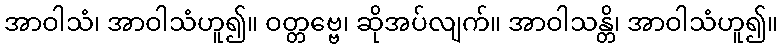
အာဝါသံ၊ အာဝါသံဟူ၍။ ဝတ္တဗ္ဗေ၊ ဆိုအပ်လျက်။ အာဝါသန္တိ၊ အာဝါသံဟူ၍။